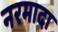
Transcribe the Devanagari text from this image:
नरमादा